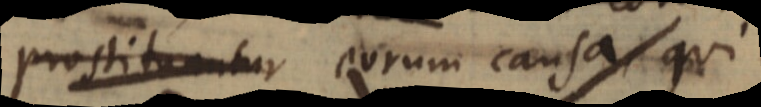
prostituantur eorum causa, qui